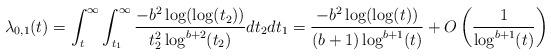
LaTeX: \begin{align*} \lambda_{0,1}(t) &= \int_{t}^{\infty}\int_{t_{1}}^{\infty} \frac{-b^{2}\log(\log(t_{2}))}{t_{2}^{2}\log^{b+2}(t_{2})}dt_{2}dt_{1}=\frac{-b^{2}\log(\log(t))}{(b+1)\log^{b+1}(t)} + O\left(\frac{1}{\log^{b+1}(t)}\right)\end{align*}